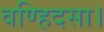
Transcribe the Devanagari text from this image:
वण्हिदसा।